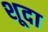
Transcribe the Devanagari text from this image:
शूदा